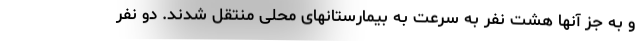
و به جز آنها هشت نفر به سرعت به بیمارستانهای محلی منتقل شدند. دو نفر